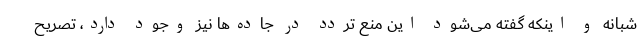
شبانه و اینکه گفته می‌شود این منع تردد در جاده‌ها نیز وجود دارد، تصریح